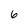
Character: 6